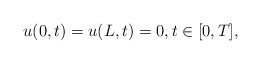
\begin{align*}\begin{array}{ll}u(0,t)=u(L,t)=0, t \in [0, T],\end{array}\end{align*}